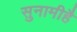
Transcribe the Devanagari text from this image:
सुनामीहै